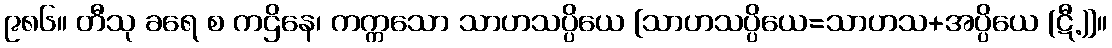
၉၈၆။ တီသု ခရေ စ ကဌိနေ၊ ကက္ကသော သာဟသပ္ပိယေ [သာဟသပ္ပိယေ=သာဟသ+အပ္ပိယေ (ဋီ.)]။